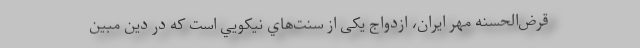
قرض‌الحسنه مهر ایران، ازدواج یکی از سنت‌هاي نيکويي است که در دين مبين